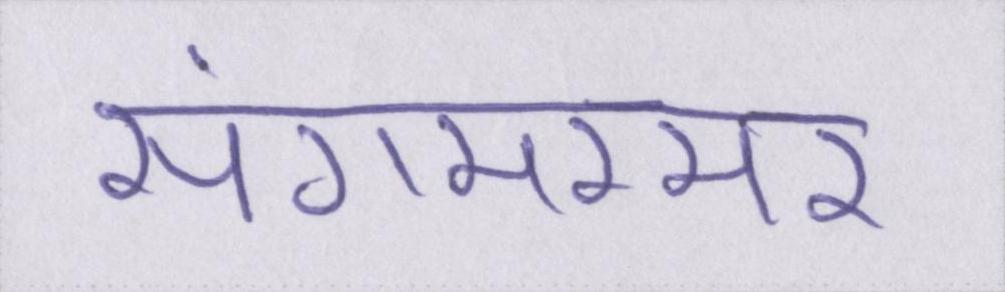
संगमरमर